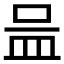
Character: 𱲌